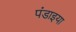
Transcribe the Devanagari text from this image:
पंडाइया